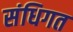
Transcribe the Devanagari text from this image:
संधिगत